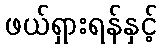
ဖယ်ရှားရန်နှင့်